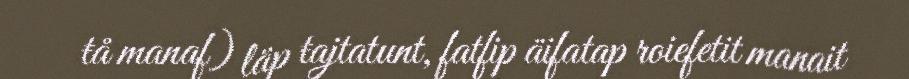
ŧå manaf) läp ŧajtatunt, fatfip äifatap roiefetit manait